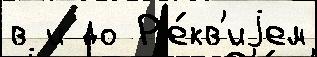
в и до Р'е́кв'иjем